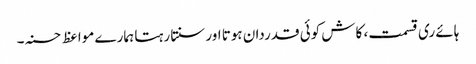
ہائے ری قسمت، کاش کوئی قدردان ہوتا اور سنتا رہتا ہمارے مواعظ حسنہ۔